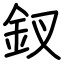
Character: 釵